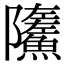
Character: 𩼏